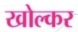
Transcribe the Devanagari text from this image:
खोल्कर